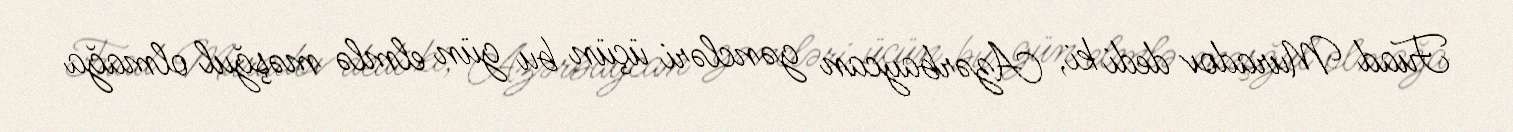
Fuad Muradov dedi ki, Azərbaycan gəncləri üçün bu gün elmlə məşğul olmağa